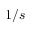
1 / s